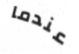
عندما